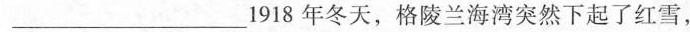
___1918年冬天，格陵兰海湾突然下起了红雪，